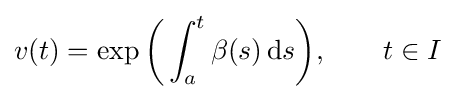
v(t)=\exp {\biggl (}\int _{a}^{t}\beta (s)\,\mathrm {d} s{\biggr )},\qquad t\in I